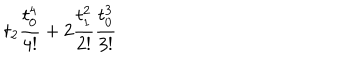
LaTeX: t _ { 2 } \frac { t _ { 0 } ^ { 4 } } { 4 ! } + 2 \frac { t _ { 1 } ^ { 2 } } { 2 ! } \frac { t _ { 0 } ^ { 3 } } { 3 ! }